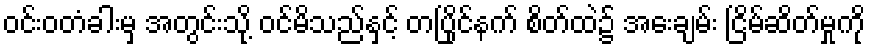
ဝင်းဝတံခါးမှ အတွင်းသို့ ဝင်မိသည်နှင့် တပြိုင်နက် စိတ်ထဲ၌ အေးချမ်း ငြိမ်ဆိတ်မှုကို